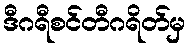
ဒီဂရီစင်တီဂရိတ်မှ